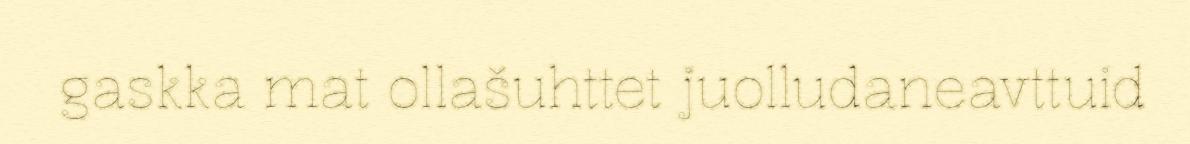
gaskka mat ollašuhttet juolludaneavttuid